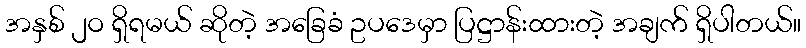
အနှစ် ၂ဝ ရှိရမယ် ဆိုတဲ့ အခြေခံ ဥပဒေမှာ ပြဋ္ဌာန်းထားတဲ့ အချက် ရှိပါတယ်။